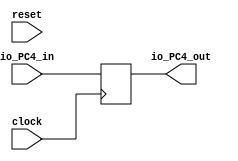
`ifdef RANDOMIZE_GARBAGE_ASSIGN
`define RANDOMIZE
`endif
`ifdef RANDOMIZE_INVALID_ASSIGN
`define RANDOMIZE
`endif
`ifdef RANDOMIZE_REG_INIT
`define RANDOMIZE
`endif
`ifdef RANDOMIZE_MEM_INIT
`define RANDOMIZE
`endif

module PC4(
  input   clock,
  input   reset,
  input  [31:0] io_PC4_in,
  output [31:0] io_PC4_out
);
  reg [31:0] _T_6;
  reg [31:0] _GEN_0;
  assign io_PC4_out = _T_6;
`ifdef RANDOMIZE
  integer initvar;
  initial begin
    `ifndef verilator
      #0.002 begin end
    `endif
  `ifdef RANDOMIZE_REG_INIT
  _GEN_0 = {1{$random}};
  _T_6 = _GEN_0[31:0];
  `endif
  end
`endif
  always @(posedge clock) begin
    _T_6 <= io_PC4_in;
  end
endmodule